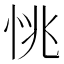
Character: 恌